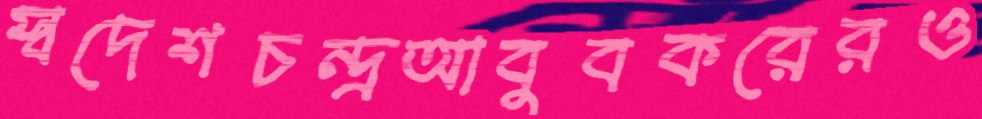
স্বদেশচন্দ্রআবুবকরেরও